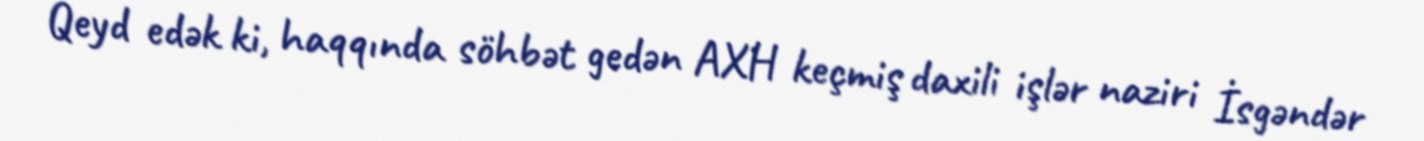
Qeyd edək ki, haqqında söhbət gedən AXH keçmiş daxili işlər naziri İsgəndər